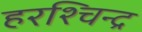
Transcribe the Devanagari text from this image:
हरश्चिन्द्र